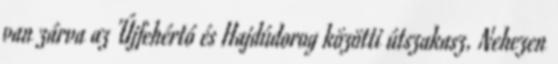
van zárva az Újfehértó és Hajdúdorog közötti útszakasz. Nehezen